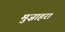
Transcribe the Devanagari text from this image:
मुज़ाहरा